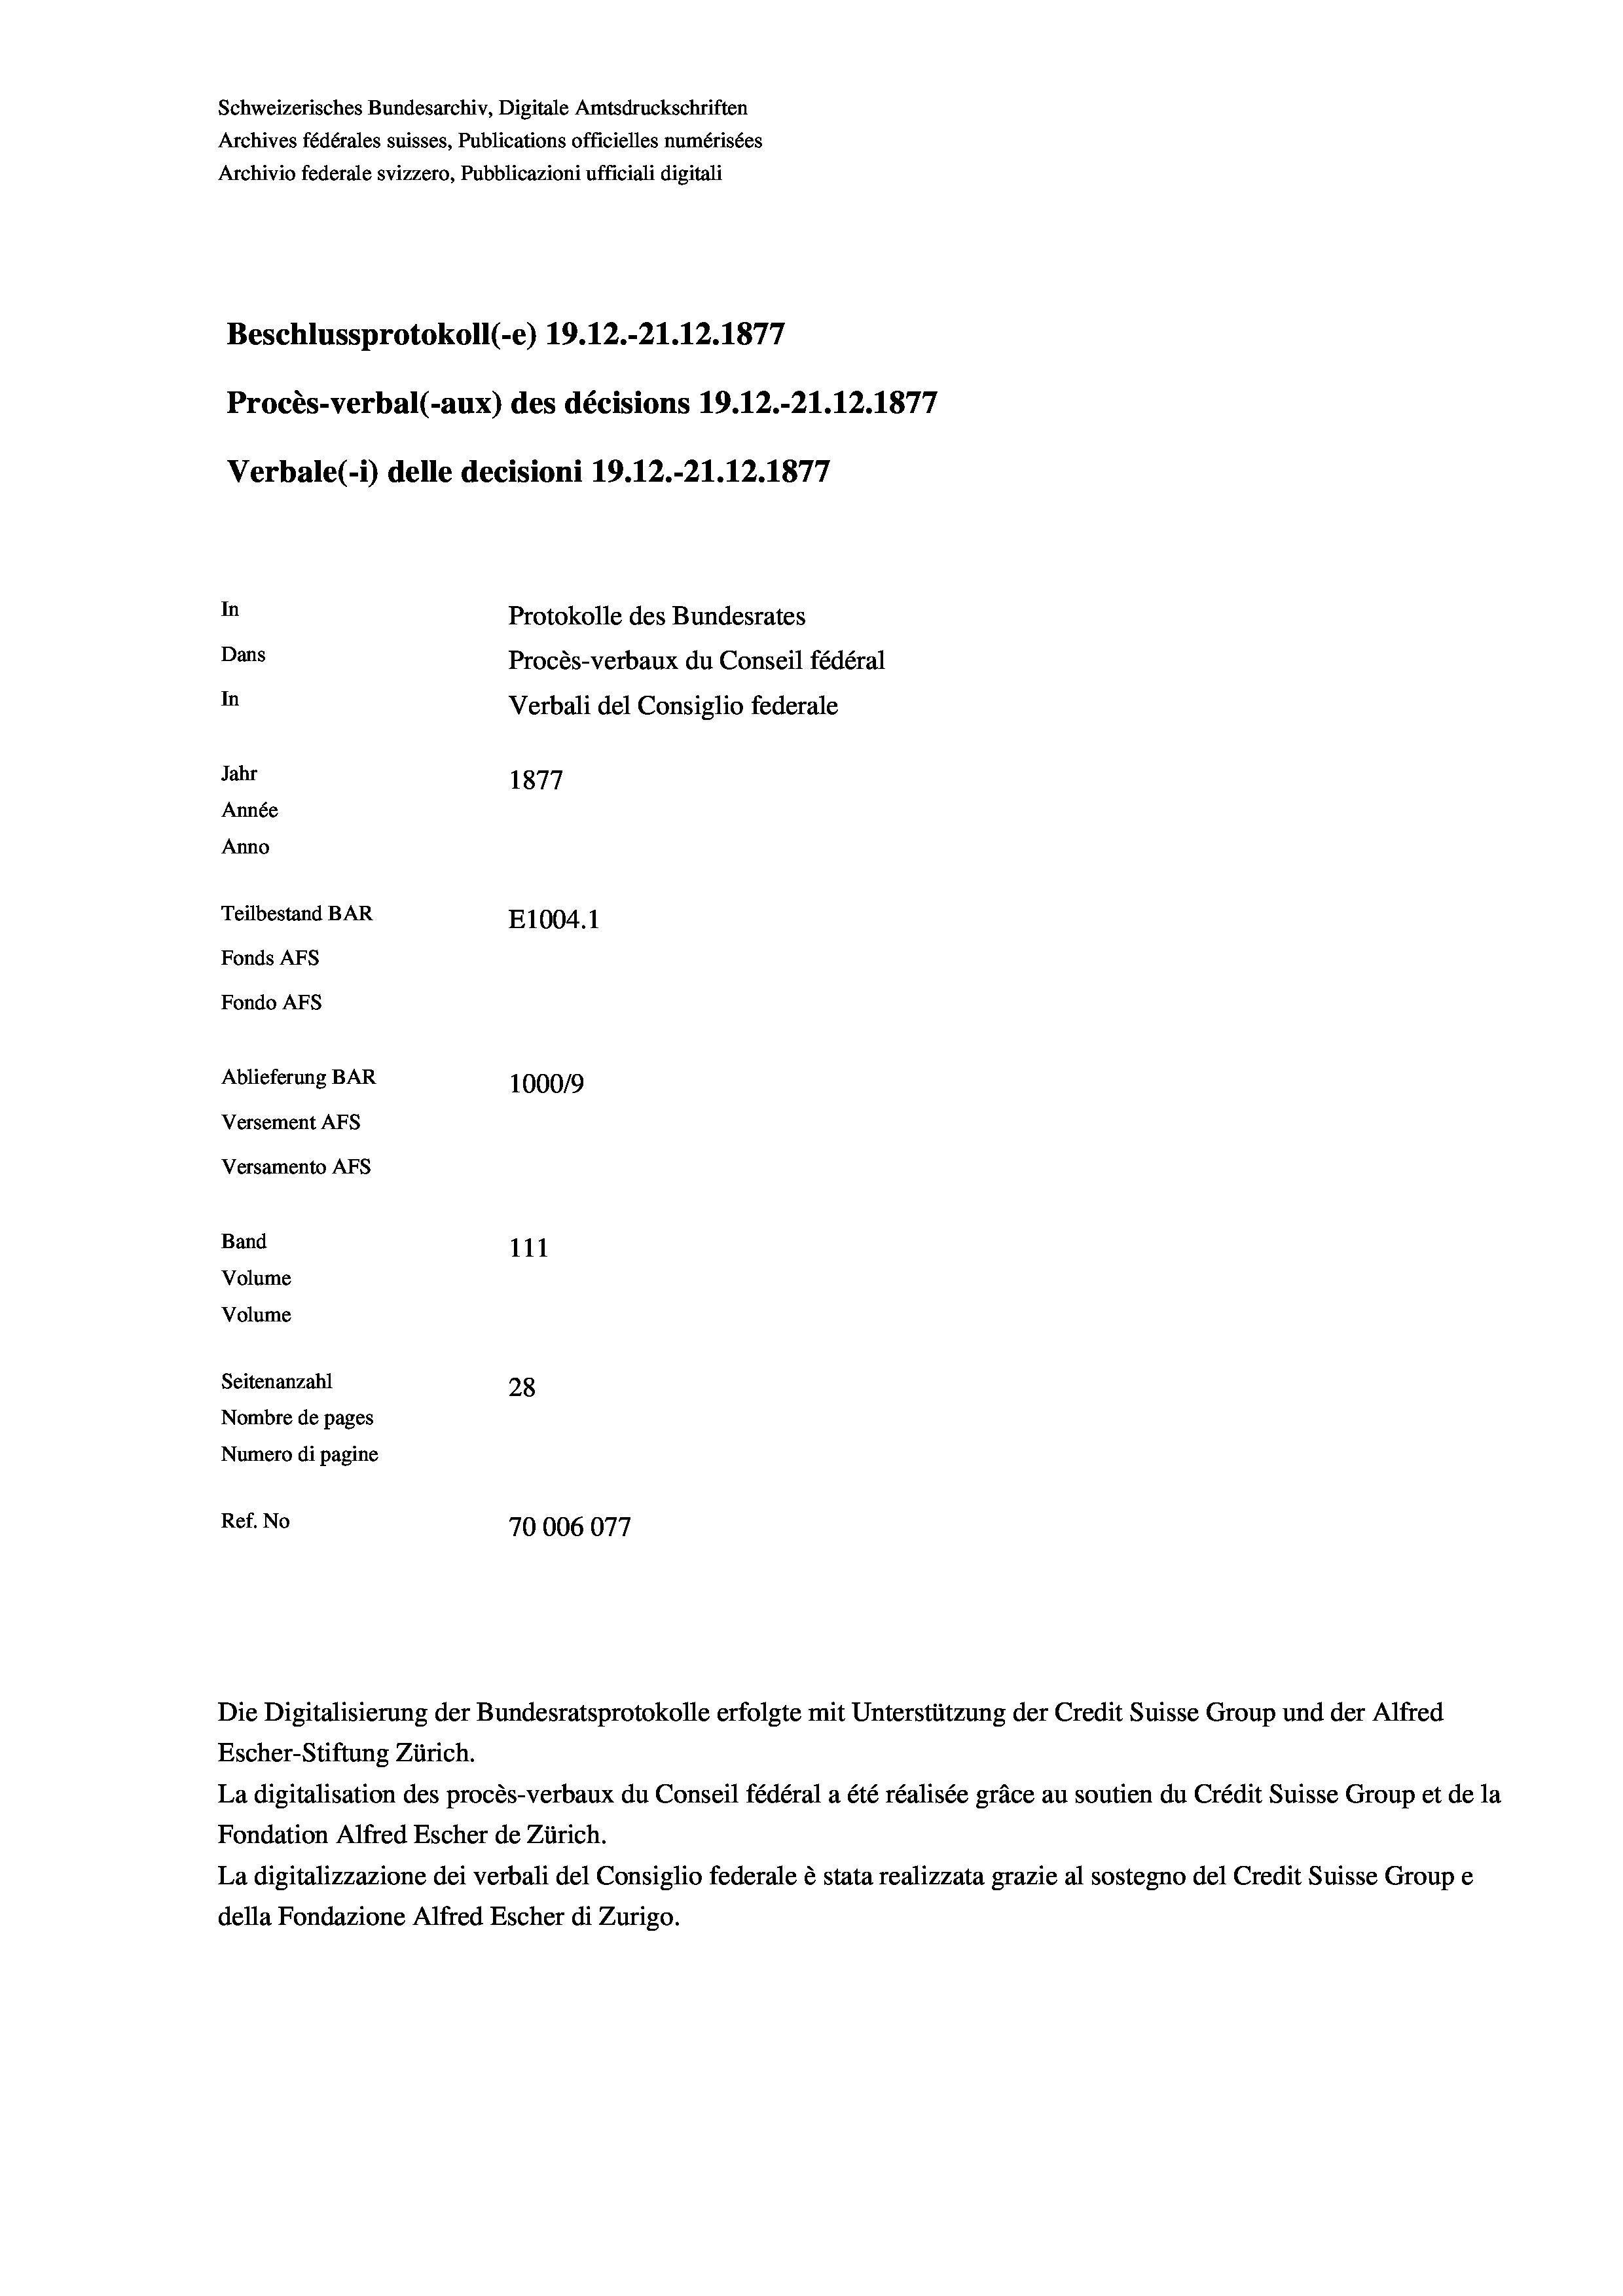
Schweizerisches Bundesarchiv, Digitale Amtsdruckschriften
Archives fédérales suisses, Publications officielles numérisées
Archivio federale svizzero, Pubblicazioni ufficiali digitali
Beschlussprotokoll (re) 19.12.-21.12.1877
Procès-verbal (-aux) des décisions 19.12.-21.12.1877
Verbale(-) delle decisioni 19.12.-21.12.1877
In
Protokolle des Bundesrates
Dans
Procès-verbaux du Conseil fédéral
In
Verbali del Consiglio federale
Jahr
1877
Année
Anno
Teilbestand BAR
E1004. 1
Fonds AFs
Fondo AFs
Ablieferung BAR
100019
Versement AFs
Versamento Afs
Band
111
Volume
Volume
Seitenanzahl
28
Nombre de pages
Numero di pagine
Ref. No
70006077

Escher-Stiftung Zürich.
La digitalisation des procès-verbaux du Conseil fédéral a été réalisée gräce au soutien du Crédit Suisse Group et de la
Fondation Alfred Escher de Zürich.
La digitalizzazione dei verbali del Consiglio federale è stata realizzata grazie al sostegno del Credit Suisse Groupe
della Fondazione Alfred Escher di Zurigo.

Die Digitalisierung der Bundesratsprotokolle erfolgte mit Unterstützung der Credit Suisse Group und der Alfred